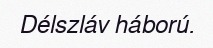
Délszláv háború.